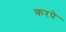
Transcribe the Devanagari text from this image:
करपे